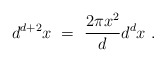
\begin{align*}d^{d+2} x ~=~ \frac{2\pi x^2}{d} d^d x ~.\end{align*}